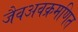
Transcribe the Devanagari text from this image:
जैवअवक्रमणित